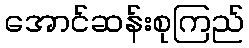
အောင်ဆန်းစုကြည်